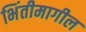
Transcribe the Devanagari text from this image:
भिंतीमागील